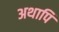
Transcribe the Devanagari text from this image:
अथापि